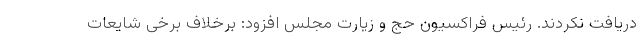
دریافت نکردند. رئیس فراکسیون حج و زیارت مجلس افزود: برخلاف برخی شایعات